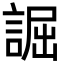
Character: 誳